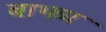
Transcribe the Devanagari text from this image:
बाभव्य